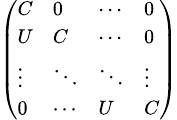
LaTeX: \scriptstyle{\left(\begin{array}{llll}{C}&{0}&{\cdots}&{0}\\ {U}&{C}&{\cdots}&{0}\\ {\vdots}&{\ddots}&{\ddots}&{\vdots}\\ {0}&{\cdots}&{U}&{C}\end{array}\right)}